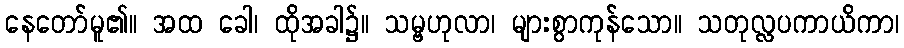
နေတော်မူ၏။ အထ ခေါ၊ ထိုအခါ၌။ သမ္ဗဟုလာ၊ များစွာကုန်သော။ သတုလ္လပကာယိကာ၊